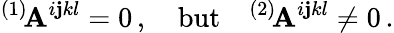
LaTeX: {}^{(1)}\! \mathbf{A}^{i\mathbf{j}kl}=0\, ,\quad\mathrm{{but}}\quad{}^{(2)}\! \mathbf{A}^{i\mathbf{j}kl}\ne0\, .